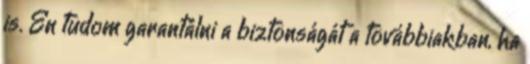
is. Én tudom garantálni a biztonságát a továbbiakban, ha